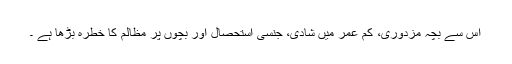
اس سے بچہ مزدوری، کم عمر میں شادی، جنسی استحصال اور بچوں پر مظالم کا خطرہ بڑھا ہے ۔